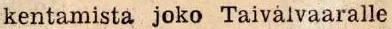
kentamista joko Taivalvaaralle